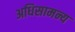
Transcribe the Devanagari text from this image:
अधिसामन्य